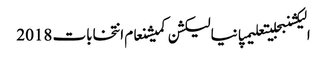
الیکشنبجلیتعلیمپانیالیکشن کمیشنعام انتخابات 2018